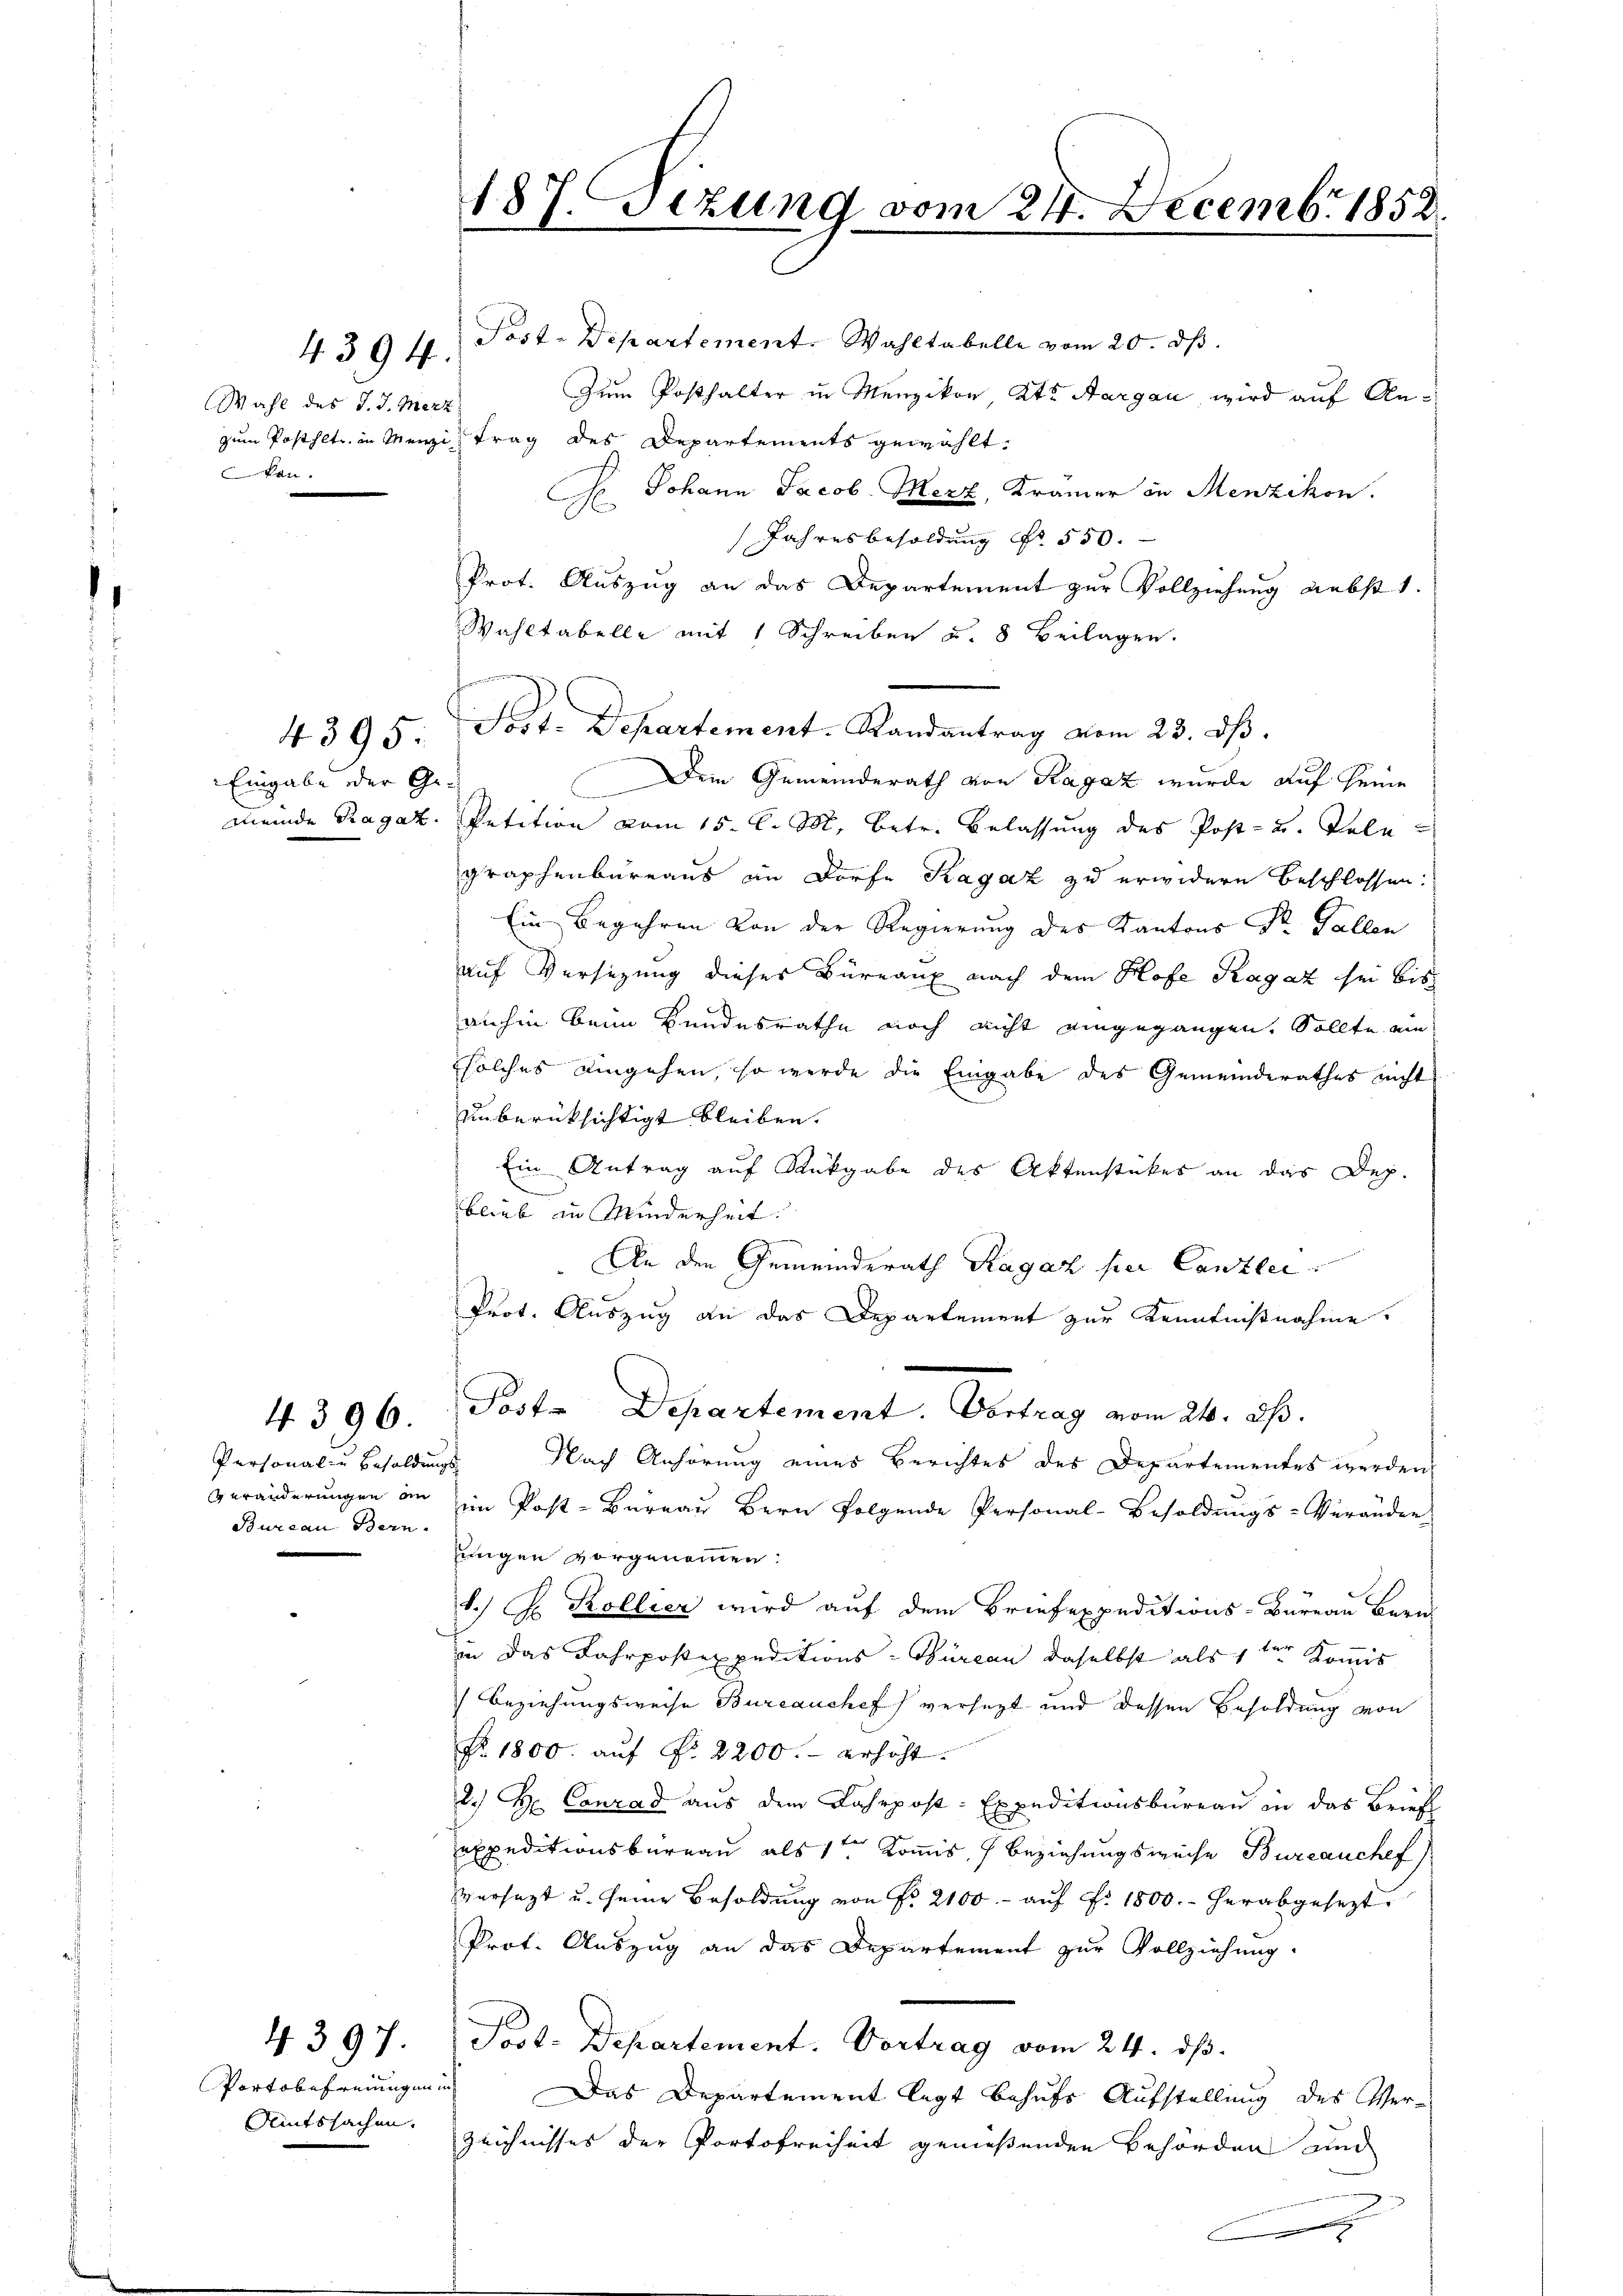
Wahl des J. J. Merz
kon.

Eingabe oder Ge¬

4394.

4396.

Personal- u Besoldungs-
Bureau Bern.

Portobefreiungen in

4. 397.

Post-Departement. Wahltabelle vom 20. ds.
Zum Posthalter in Menzikon Kt. Aargau wird auf Anzum Posthete in Menzi trag des Departements gewählt.
So. Johann Jacob Merz, Kramer in Menzikon.
Jahresbesoldung Nr. 550.
Prot. Auszug an das Departement zur Vollziehung nebst 1.
Wahltabelle mit 1 Schreiben u. 8 Beilagen.
4395: Sost. Departement-Randantrag vom 23. dβ.
Dem Gemeinderath von Ragaz wurde auf seine
meinde Ragaz. Petition vom 15. l. M. betr. Belassung des Post- u. Tele
graphenbureaus in Dorfe Ragaz zu erwidern beschlossen:
Ein Begehren von der Regierung des Kantons St. Gallen
auf Versitzung dieses Büreaux nach dem Hofe Ragaz sei bis
anhin beim Bundesrathe noch nicht eingegangen. Sollte ein
solches eingehen, so werde die Eingabe des Gemeinderathes nicht
unberüksichtigt bleiben.
Ein Antrag auf Rückgabe des Aktenstückes an das Dep.
blieb in Minderheit.
An den Gemeinderath Ragaz per Canzlei
Prot. Auszug an das Departement zur Kenntnißnahme.
Post. Departement. Vertrag vom 24. ds.
Nach Anhörung eines Berichtes des Departementes werden.
veränderŭngen an im Post-Büreaŭ bern folgende Personal-Besoldŭngs-Veränder
jungen vorgenommen:
1.) Hs. Kollier wird auf dem Briefexpeditions-Büreau Bern
zin das Jahrpostexpeditions-Büreau daselbst als 1ten Kommis
(Beziehungsweise Bureauchef) versetzt und dessen Besoldung von
Nr. 1800. auf No 2200.- erhöht.
2.) Hr. Conrad aus dem Jahrpost-Expeditionsbureau in das Briefl
expeditionsbureau als 1ten Kommis, Beziehungsweise Bureauchef
versagt u. seine Besoldung von Nr. 2100.- aŭf Fr. 1800. herabgesezt
Prot. Auszug an das Departement zur Vollziehung.
Pot. Departement. Vortrag vom 24. dβ.
Das Departement legt behufs Aufstellung des Ver¬
Amtssachen. Zeichnisses der Portofreiheit genießenden Behörden und
e

187. Sizung vom 24. Decembr 1852

n